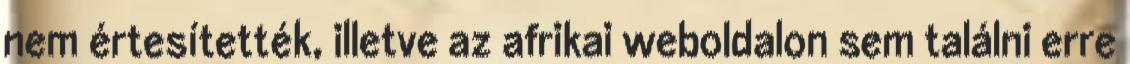
nem értesítették, illetve az afrikai weboldalon sem találni erre